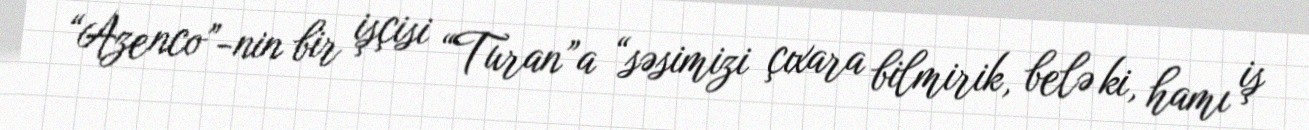
“Azenco”-nin bir işçisi “Turan”a “səsimizi çıxara bilmirik, belə ki, hamı iş